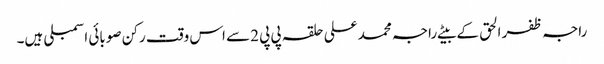
راجہ ظفر الحق کے بیٹے راجہ محمد علی حلقہ پی پی 2سے اس وقت رکن صوبائی اسمبلی ہیں۔